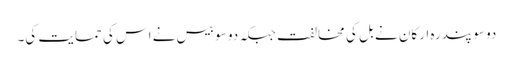
دو سو پندرہ ارکان نے بل کی مخالفت جبکہ دو سو بیس نے اس کی حمایت کی۔